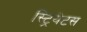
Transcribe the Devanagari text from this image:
स्ट्रियेटस